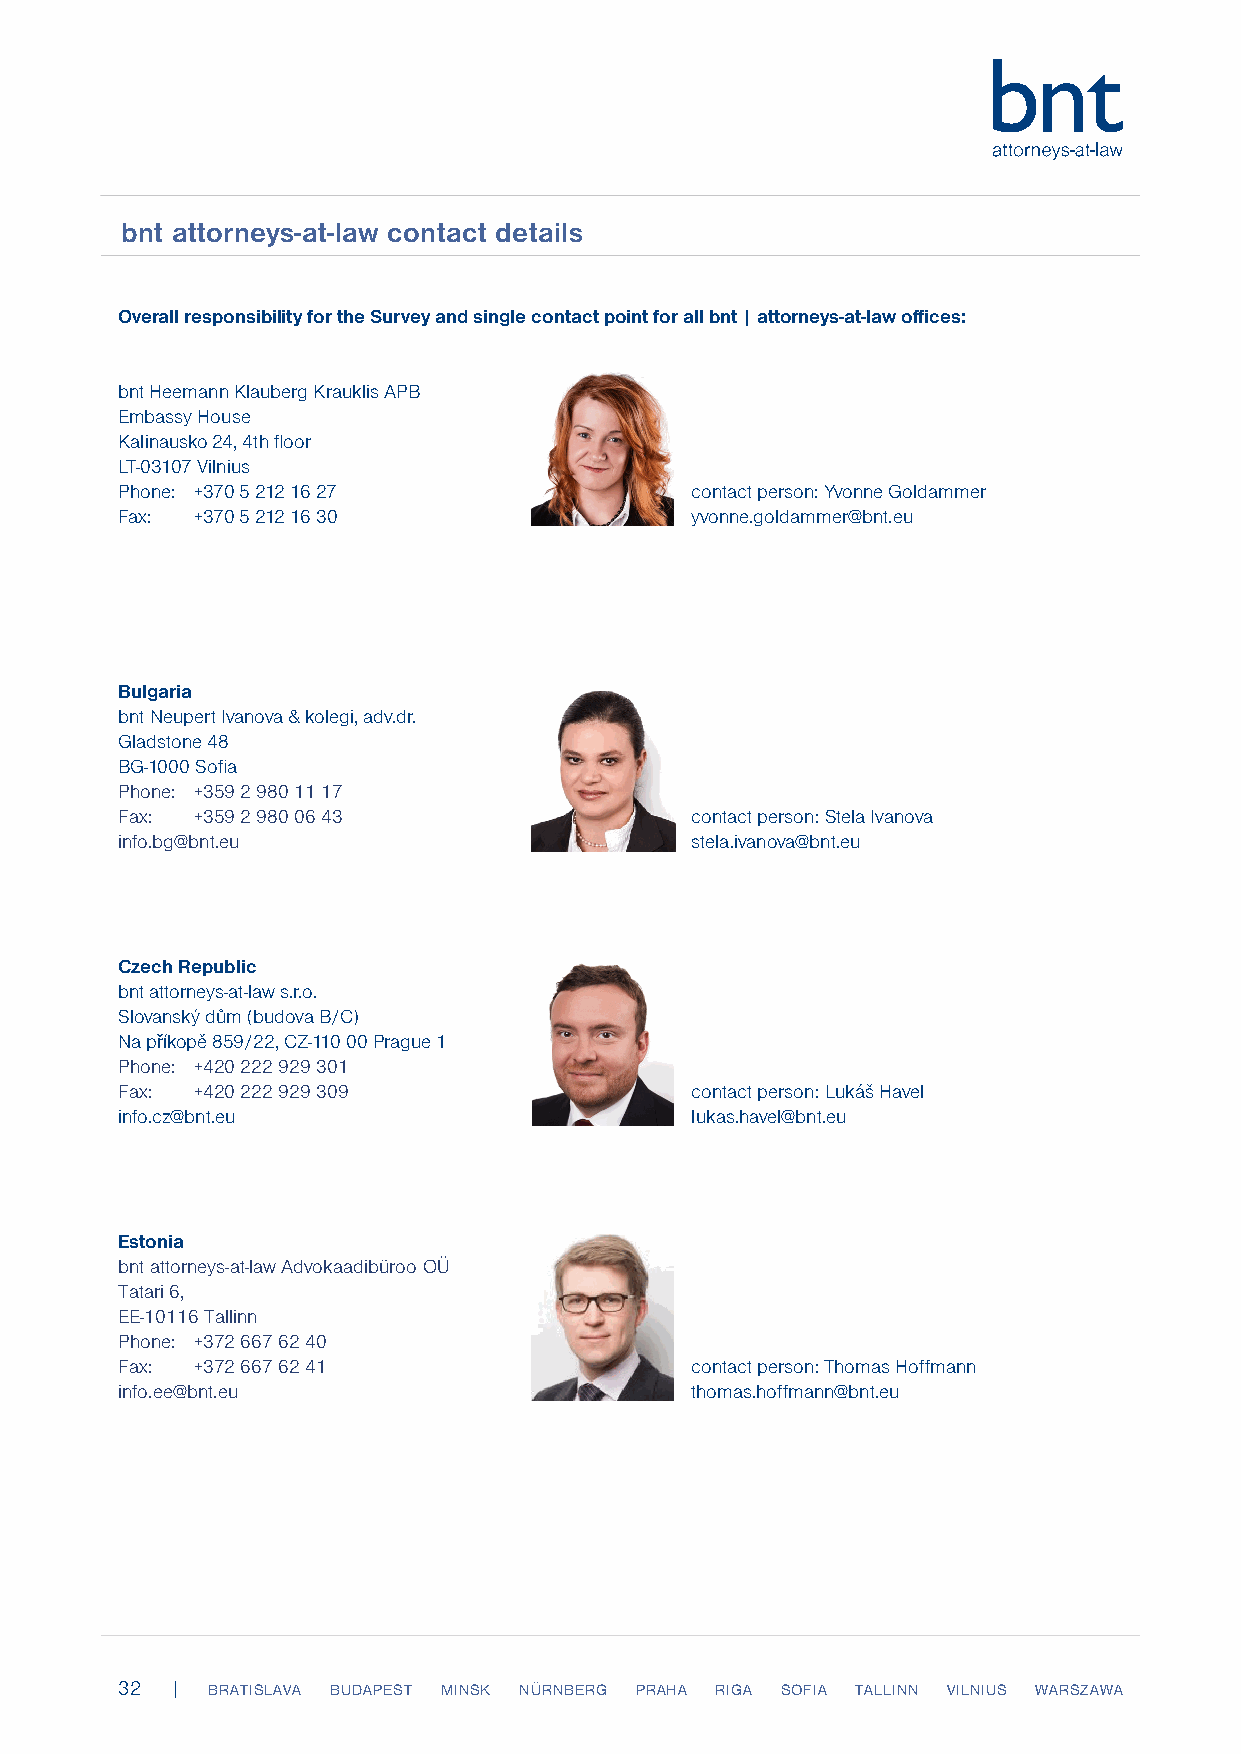
EbFnPt IaAt tdoirsnceloyss-uarte-l acwo dceontact details
 Overall responsibility for the Survey and single contact point for all bnt | attorneys-at-law offices:
 bnt Heemann Klauberg Krauklis APB
 Embassy House
 Kalinausko 24, 4th floor
 LT-03107 Vilnius
 Phone: +370 5 212 16 27               contact person: Yvonne Goldammer
 Fax: +370 5 212 16 30                 yvonne.goldammer@bnt.eu
 Bulgaria
 bnt Neupert Ivanova & kolegi, adv.dr.
 Gladstone 48
 BG-1000 Sofia
 Phone: +359 2 980 11 17
 Fax: +359 2 980 06 43                 contact person: Stela Ivanova
 info.bg@bnt.eu                        stela.ivanova@bnt.eu
 Czech Republic
 bnt attorneys-at-law s.r.o.
 Slovanský dům (budova B/C)
 Na příkopě 859/22, CZ-110 00 Prague 1
 Phone: +420 222 929 301
 Fax: +420 222 929 309                 contact person: Lukáš Havel
 info.cz@bnt.eu                        lukas.havel@bnt.eu
 Estonia
 bnt attorneys-at-law Advokaadibüroo OÜ
 Tatari 6,
 EE-10116 Tallinn
 Phone: +372 667 62 40
 Fax: +372 667 62 41                   contact person: Thomas Hoffmann
 info.ee@bnt.eu                        thomas.hoffmann@bnt.eu
 32 |  BRATISLAVA BUDAPEST MINSK NÜRNBERG PRAHA RIGA SOFIA TALLINN VILNIUS WARSZAWA